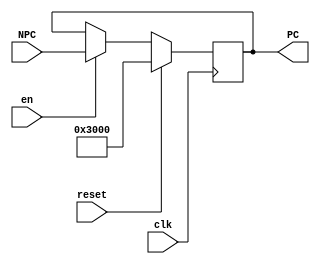
`timescale 1ns / 1ps
//////////////////////////////////////////////////////////////////////////////////
// Company: 
// 
// Module Name:    PC 
// Project Name: 
//////////////////////////////////////////////////////////////////////////////////
`define PC_DEFAULT	32'h0000_3000

module PC(
    input clk,
    input reset,
	input en,
    input [31:0] NPC,
    output reg [31:0] PC
    );
	initial begin
		PC = `PC_DEFAULT;
	end
	
	always@(posedge clk) begin
		if(reset) begin
			PC <= `PC_DEFAULT;
		end
		else if (en) begin
			PC <= NPC;
		end
	end
endmodule